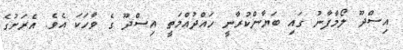
އިސްދޫ ލޯމާފާނު ގައި ބަޔާންކުރާނީ ހައްދުއްމަތީ އިސްދޫ ގެ ވާހަކަ އެވެ. އެރަށުގެ